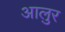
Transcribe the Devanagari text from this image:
आलुर